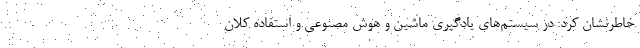
خاطرنشان کرد: در سیستم‌های یادگیری ماشین و هوش مصنوعی و استفاده کلان